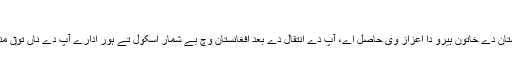
خاتون ہیرو[لکھو]
نازو انا نو‏‏ں افغانستان دے خاتون ہیرو دا اعزاز وی حاصل اے، آپ دے انتقال دے بعد افغانستان وچ بے شمار اسکول تے ہور ادارے آپ دے ناں تو‏ں منسوب کیتے گئے۔